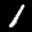
Label: 1